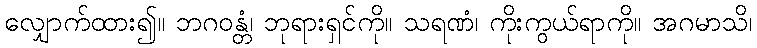
လျှောက်ထား၍။ ဘဂဝန္တံ၊ ဘုရားရှင်ကို။ သရဏံ၊ ကိုးကွယ်ရာကို။ အဂမာသိ၊